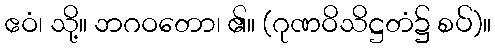
ဧဝံ၊ သို့။ ဘဂဝတော၊ ၏။ (ဂုဏဝိသိဋ္ဌတံ၌ စပ်)။